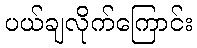
ပယ်ချလိုက်ကြောင်း